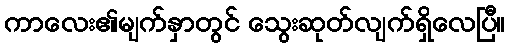
ကာလေး၏မျက်နှာတွင် သွေးဆုတ်လျက်ရှိလေပြီ။